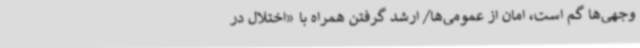
وجهی‌ها گم است، امان از عمومی‌ها/ ارشد گرفتن همراه با «اختلال در